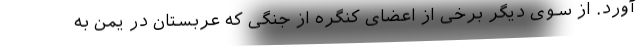
آورد. از سوی دیگر برخی از اعضای کنگره از جنگی که عربستان در یمن به